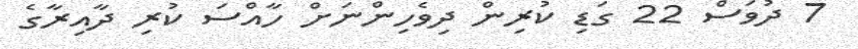
7 ދުވަސް 22 ގަޑި ކުރިން ދިވެހިންނަށް ހާއްސަ ކުރި ދާއިރާގެ